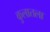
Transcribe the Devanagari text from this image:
कुलातला